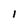
Character: 1